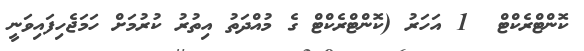
ކޮންޓްރެކްޓް  1 އަހަރު (ކޮންޓްރެކްޓް ގެ މުއްދަތު އިތުރު ކުރުމަށް ހަމަޖެހިފައިވަނީ